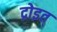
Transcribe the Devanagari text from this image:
द्रोइत्